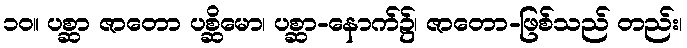
၁၀။ ပစ္ဆာ ဇာတော ပစ္ဆိမော၊ ပစ္ဆာ-နောက်၌၊ ဇာတော-ဖြစ်သည် တည်း၊